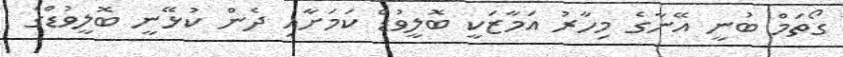
ގޯތަމް ބުނީ އޭނާގެ މިހާރު އަމާޒަކީ ބޮލީވުޑް ކަމަށާއި ދެން ކުޅޭނީ ބޮލީވުޑްގެ